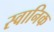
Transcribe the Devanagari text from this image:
स्वानिक